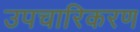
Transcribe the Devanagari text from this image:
उपचारिकरण